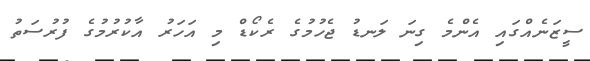
ސީޒަނެއްގައި އެންމެ ގިނަ ލަނޑު ޖެހުމުގެ ރެކޯޑް މި އަހަރު އާކުރުމުގެ ފުރުސަތު